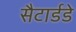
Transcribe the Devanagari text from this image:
सैटार्डडे